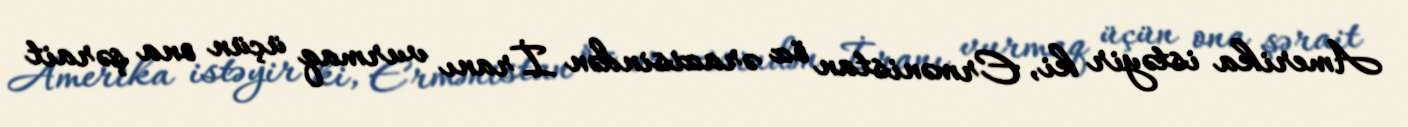
Amerika istəyir ki, Ermənistan öz ərazisindən İranı vurmaq üçün ona şərait